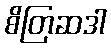
စိတြဆဒါ